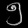
Digit: ၅